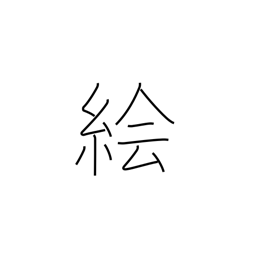
Meaning: sketch